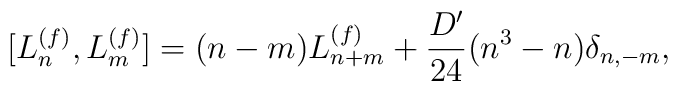
[L_n^{(f)},L_m^{(f)}] = (n-m)L_{n+m}^{(f)} + \frac{D'}{24}(n^3-n)\delta_{n,-m},